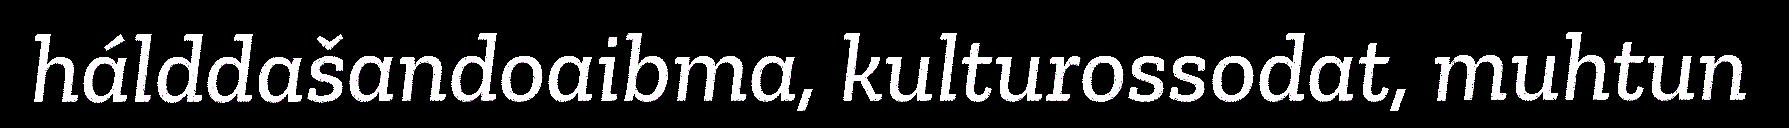
hálddašandoaibma, kulturossodat, muhtun